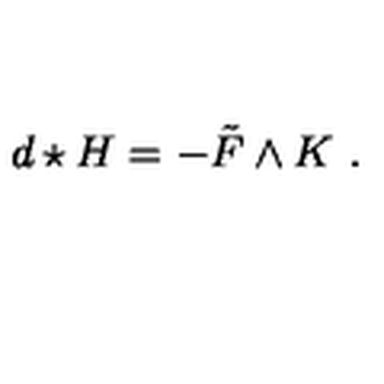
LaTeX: d \star H = - \tilde { F } \wedge K \ .